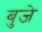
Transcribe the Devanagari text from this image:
बुजे